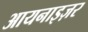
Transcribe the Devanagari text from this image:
आयनाइज़र